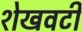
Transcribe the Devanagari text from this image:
शेखवटी